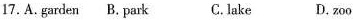
17.A.garden B. park C. lake D.zoo